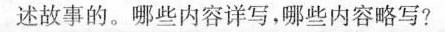
述故事的。哪些内容详写，哪些内容略写？